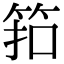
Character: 筘